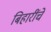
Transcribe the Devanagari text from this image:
बिहारींचे